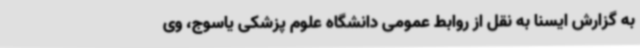
به گزارش ایسنا به نقل از روابط عمومی دانشگاه علوم پزشکی یاسوج، وی